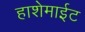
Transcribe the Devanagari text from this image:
हाशेमाईट